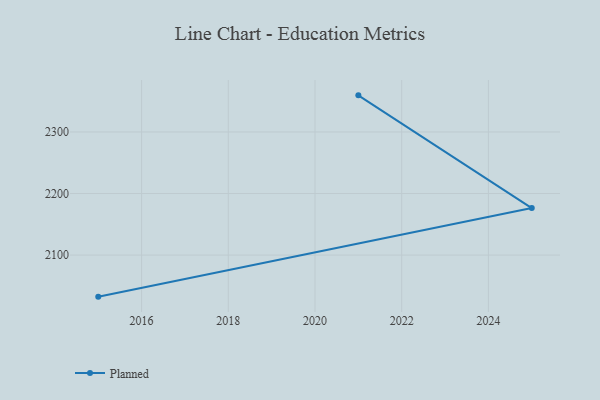
{"axis": {"x": "Year", "y": "Market Share (%)"}, "legend": ["Planned"], "data": [{"x": "2021", "y": 2359.5, "type": "Planned"}, {"x": "2025", "y": 2176.4, "type": "Planned"}, {"x": "2015", "y": 2032.5, "type": "Planned"}]}